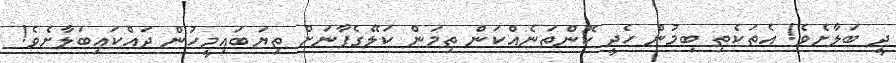
ދީ ބަލާށެވެ! އެތަކެތި ބިމުން ހެދީ ކޮންތަނެއްކަން ތިމަން ކަލޭގެފާނަށް ތިޔަބައިމީހުން ދައްކައިބަލާށެވެ!